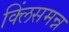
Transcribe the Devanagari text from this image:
क्लिंसमन्न